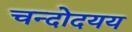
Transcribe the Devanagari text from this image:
चन्दोदयय